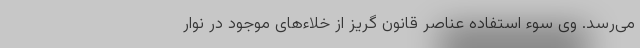
می‌رسد. وی سوء استفاده عناصر قانون گریز از خلاء‌های موجود در نوار